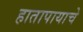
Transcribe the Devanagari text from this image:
हातापायाचे